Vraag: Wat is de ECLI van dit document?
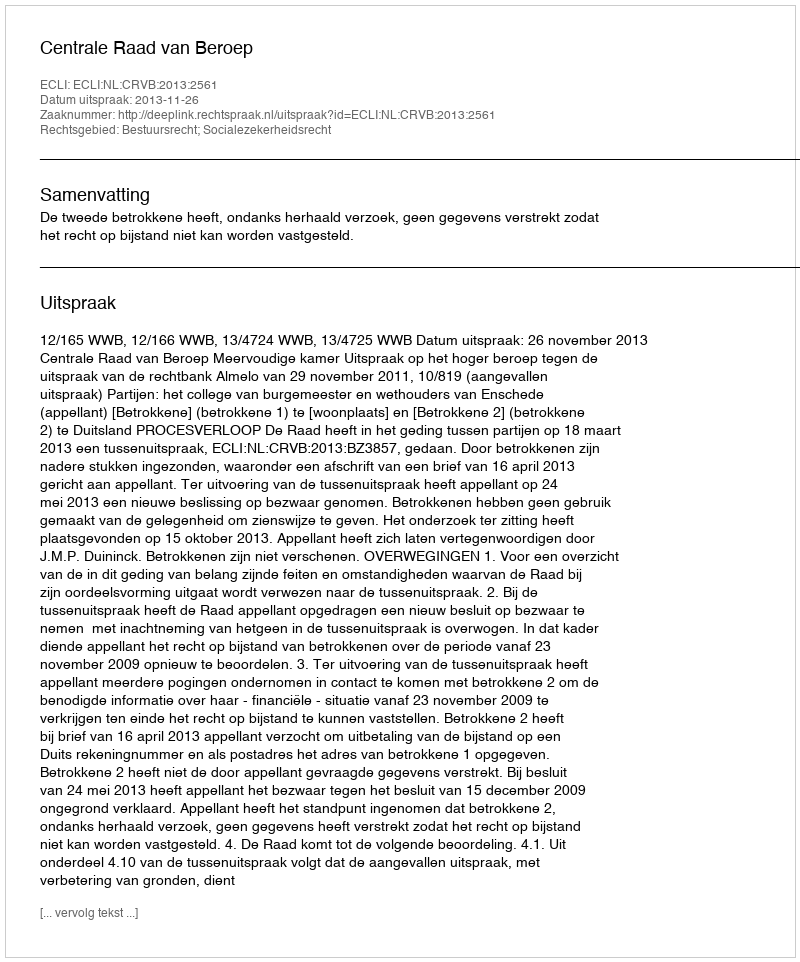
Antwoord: ECLI:NL:CRVB:2013:2561